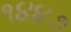
૧૪૪૭